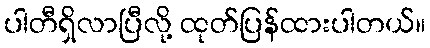
ပါတီရှိလာပြီလို့ ထုတ်ပြန်ထားပါတယ်။